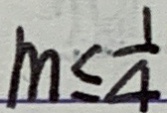
m \leq \frac { 1 } { 4 }